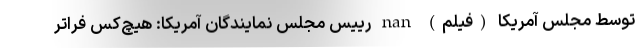
توسط مجلس آمریکا (فیلم) nan رییس مجلس نمایندگان آمریکا: هیچ‌کس فراتر